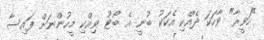
"ހަވީރާ" ވާހަކަ ދެއްކި އެކަކު ބުނީ އެ ބޯޓު ވިއްކި މީހުންނަށް ފައިސާ